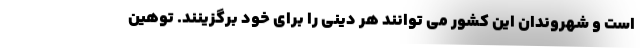
است و شهروندان این کشور می توانند هر دینی را برای خود برگزینند. توهین